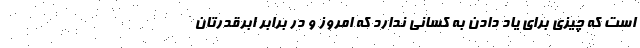
است که چیزی برای یاد دادن به کسانی ندارد که امروز و در برابر ابرقدرتان